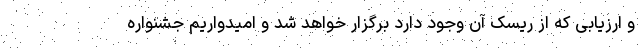
و ارزیابی که از ریسک آن وجود دارد برگزار خواهد شد و امیدواریم جشنواره